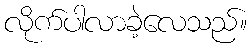
လိုက်ပါလာခဲ့လေသည်။